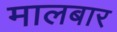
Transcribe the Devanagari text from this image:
मालबार